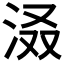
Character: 𪵽